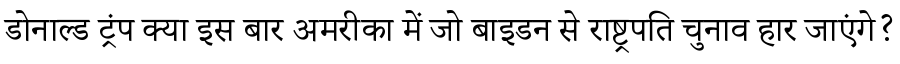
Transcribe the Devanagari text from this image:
डोनाल्ड ट्रंप क्या इस बार अमरीका में जो बाइडन से राष्ट्रपति चुनाव हार जाएंगे?